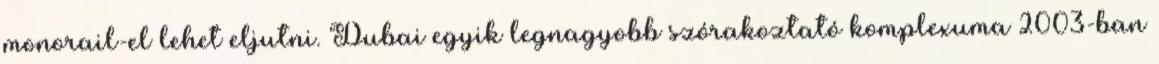
monorail-el lehet eljutni. Dubai egyik legnagyobb szórakoztató komplexuma 2003-ban